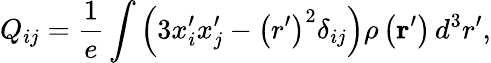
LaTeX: Q_{ij}={\frac{1}{e}}\int\left(3x_{i}^{\prime}x_{j}^{\prime}-\left(r^{\prime}\right)^{2}\delta_{ij}\right)\rho\left(\mathbf{r}^{\prime}\right)\, d^{3}r^{\prime},